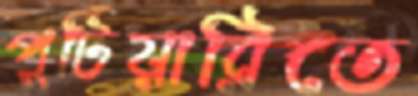
পুটিয়ারিতে